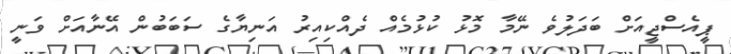
ޕީއެސްޖީއަށް ބަދަލުވެ ނޭމާ މޮޅު ކުޅުމެއް ދެއްކިއިރު އަނިޔާގެ ސަބަބުން އޭނާއަށް ވަނީ